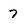
Character: 7